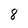
Character: 8